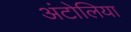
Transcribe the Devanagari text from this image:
अंटोलिया